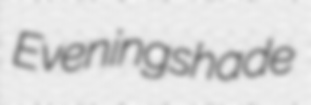
Eveningshade